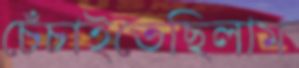
চেঁচাইতেছিলাম